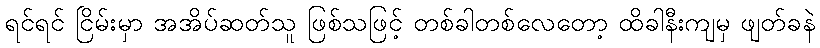
ရင်ရင် ငြိမ်းမှာ အအိပ်ဆတ်သူ ဖြစ်သဖြင့် တစ်ခါတစ်လေတော့ ထိခါနီးကျမှ ဖျတ်ခနဲ